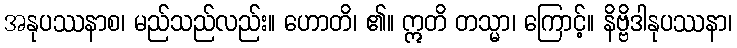
အနုပဿနာစ၊ မည်သည်လည်း။ ဟောတိ၊ ၏။ ဣတိ တသ္မာ၊ ကြောင့်။ နိဗ္ဗိဒါနုပဿနာ၊